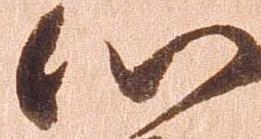
心